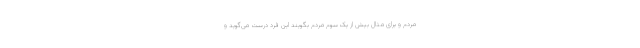
مردم و برای مثال بیش از یک سوم مردم بگویند این فرد درست می‌گوید و